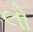
લો